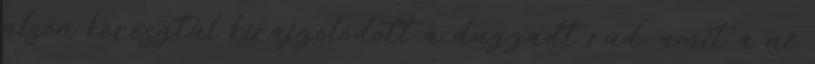
alsón keresztül kirajzolódott a duzzadt rúd, amit a nő